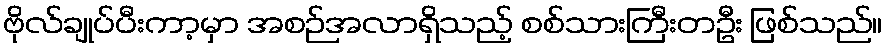
ဗိုလ်ချုပ်ပီးကာ့မှာ အစဉ်အလာရှိသည့် စစ်သားကြီးတဦး ဖြစ်သည်။